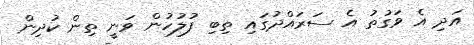
އަދި އެ ވަގުތު އެ ސަރައްދުގައި ތިބި ފުލުހުން ވަނީ ތިން ކުދިން